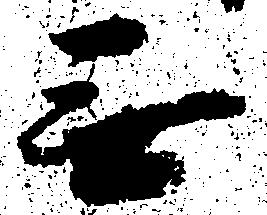
無